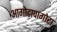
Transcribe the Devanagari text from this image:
आगोटापागोटा